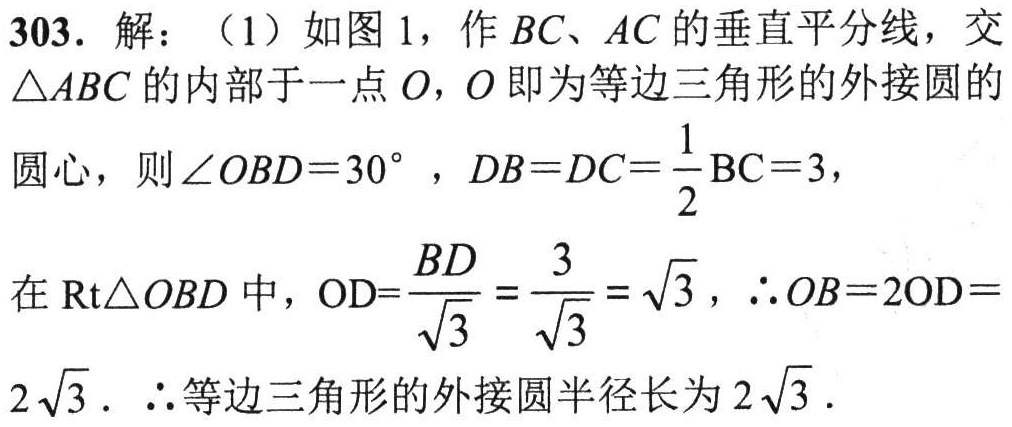
303. 解：（1）如图1，作\(BC、AC\)的垂直平分线，交
\(\triangle ABC\)的内部于一点\(O\)，\(O\)即为等边三角形的外接圆的
圆心，则\(\angle OBD = 30^{\circ}\) ，\(DB = DC=\dfrac{1}{2}BC = 3\)，
在\(\text{Rt}\triangle OBD\)中，\(OD = \dfrac{BD}{\sqrt{3}}=\dfrac{3}{\sqrt{3}}=\sqrt{3}\)，\(\therefore OB = 2OD =
2\sqrt{3}\). \(\therefore\)等边三角形的外接圆半径长为\(2\sqrt{3}\).